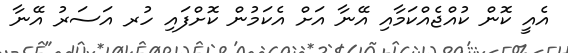
އެއީ ކޮން ކުއްޖެއްކަމާއި އޭނާ އަށް އެކަމުން ކޮށްފައި ހުރ އަސަރު އޭނާ